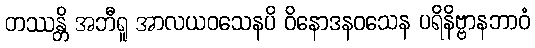
တဿန္တိ အဘီရူ အာလယဝသေနပိ ဝိနောဒနဝသေန ပရိနိဗ္ဗာနဘာဝံ